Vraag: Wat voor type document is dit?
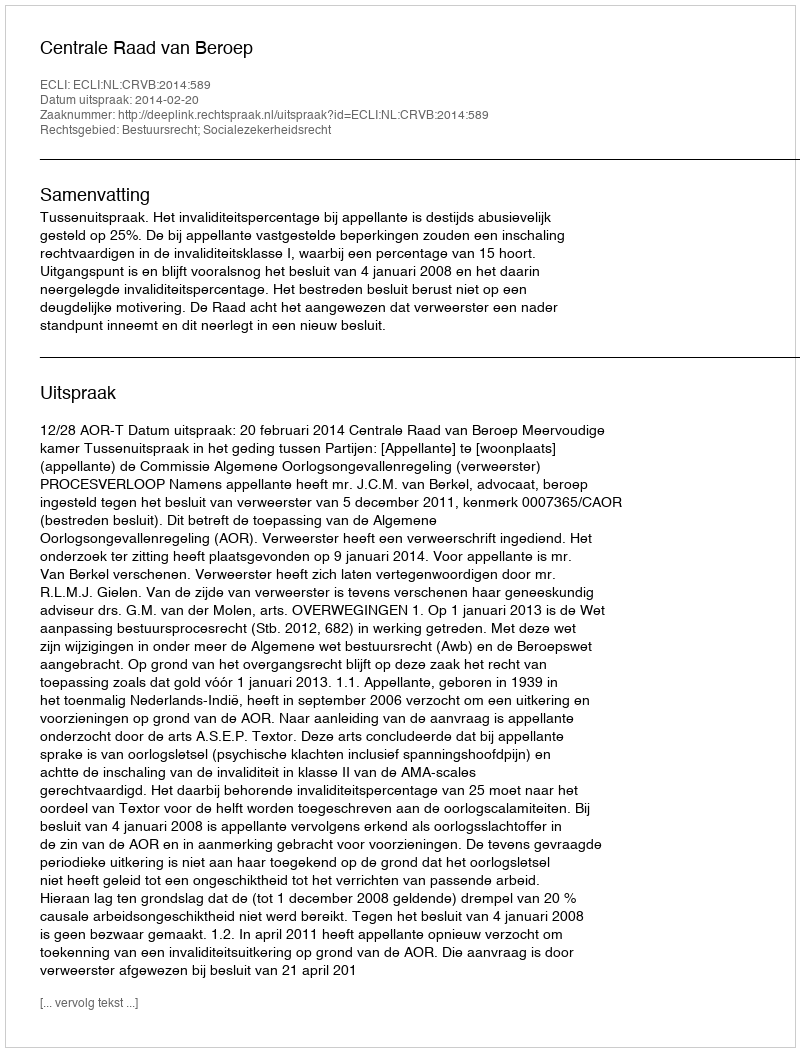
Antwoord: Uitspraak